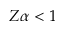
Z \alpha < 1